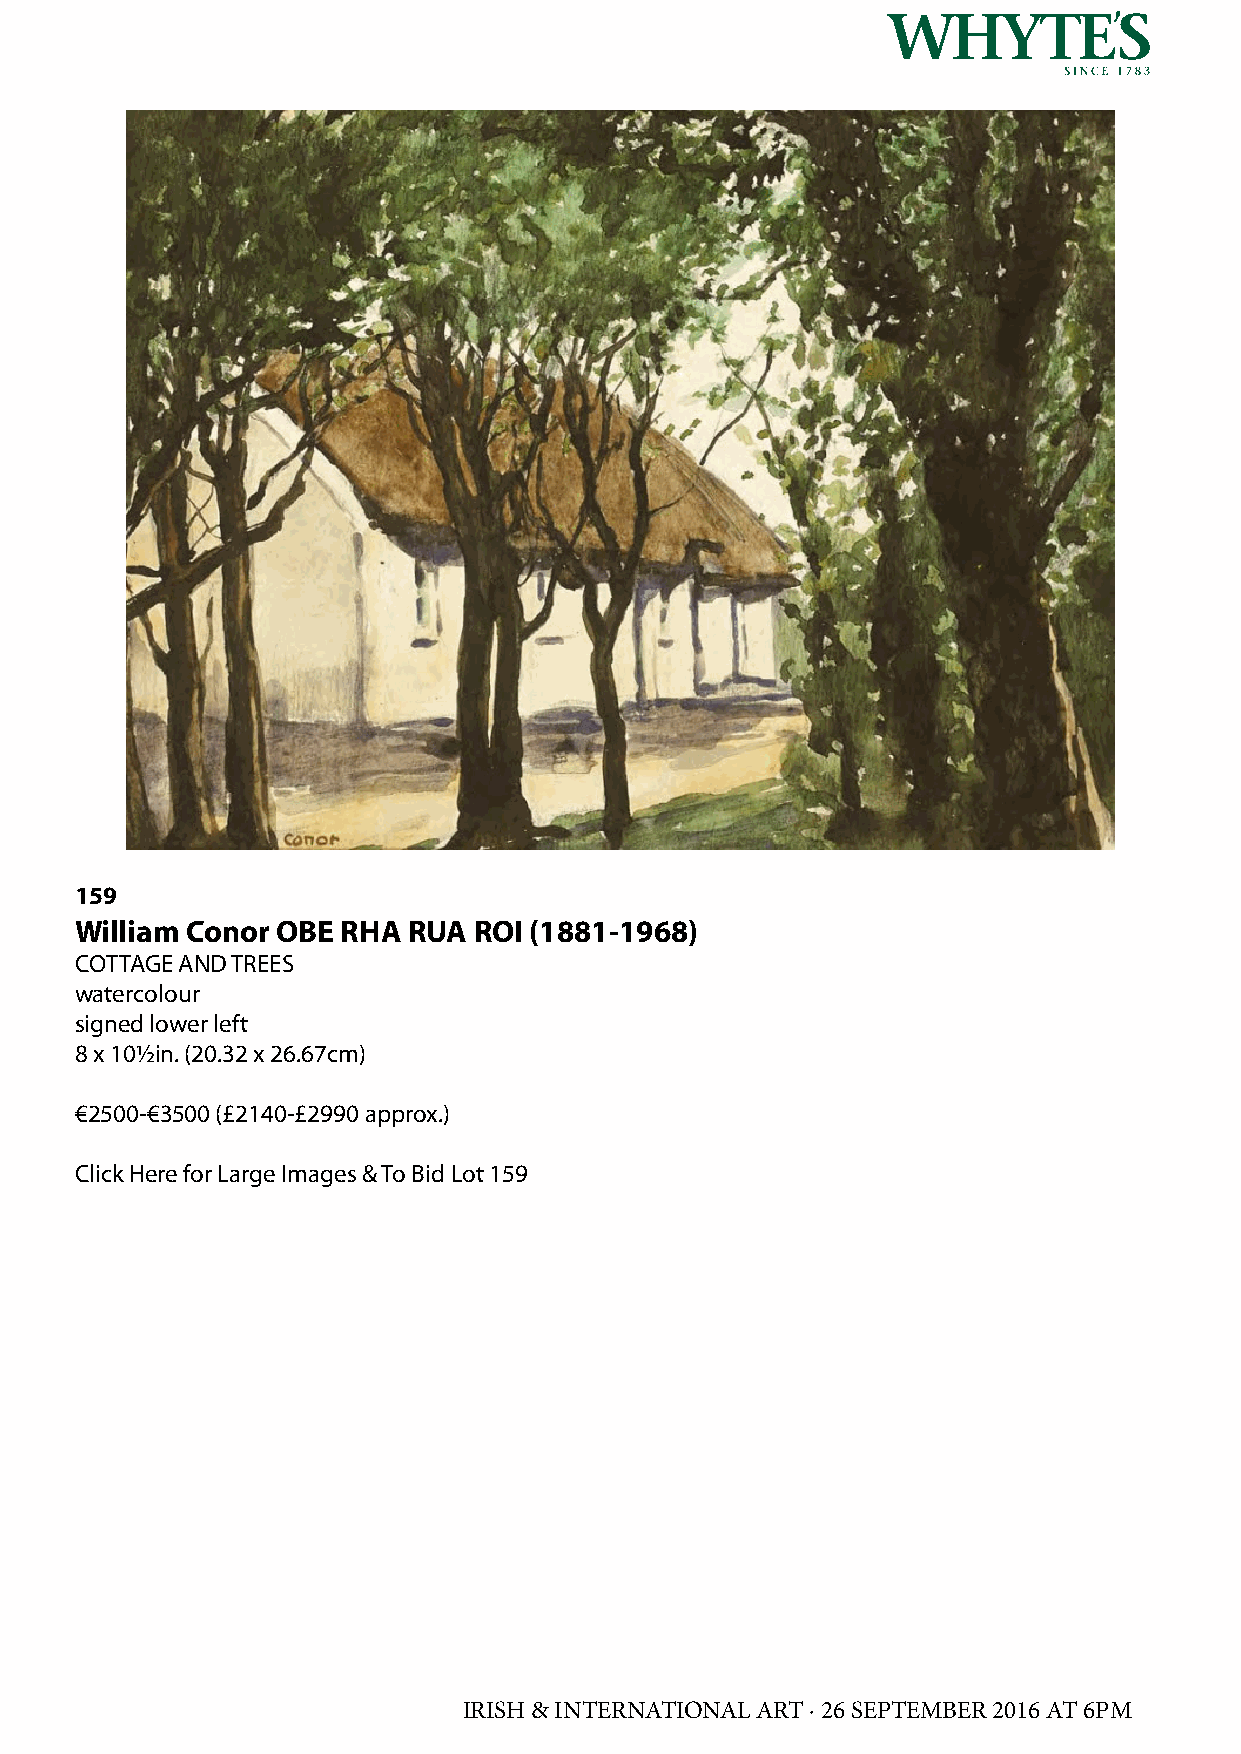
159
 William Conor OBE RHA RUA ROI (1881-1968)
 COTTAGE AND TREES
 watercolour
 signed lower left
 8 x 10½in. (20.32 x 26.67cm)
 €2500-€3500 (£2140-£2990 approx.)
 Click Here for Large Images & To Bid Lot 159
 IRISH & INTERNATIONAL ART · 26 SEPTEMBER 2016 AT 6PM